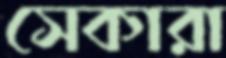
সেকারা